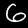
Label: 6